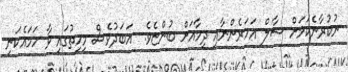
ނުކުރާނެކަމަށް ޝާލް އަހަރެންނާއި ދިމާއަށް ބުންޏެވެ.  އަބަދުވެސް މިހިތުގައި ވާ ހަމައެކަނި